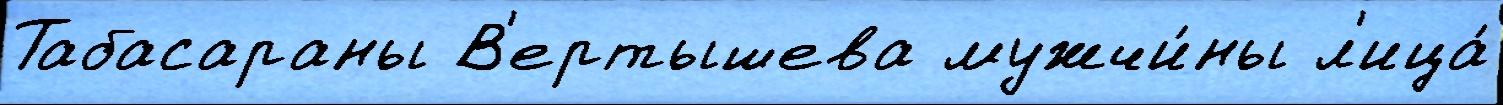
Табасараны В'ертышева мужчи́ны л'ица́